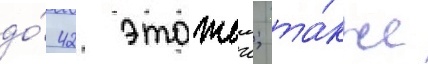
до́ 42 этажеи; та́кже